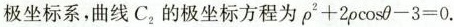
极坐标系，曲线 $$C_{2}$$ 的极坐标方程为 $$ \rho^{2} + 2 \rho \cos \theta - 3 = 0$$ .